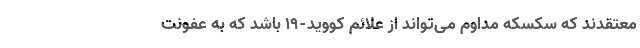
معتقدند که سکسکه مداوم می‌تواند از علائم کووید-۱۹ باشد که به عفونت